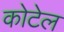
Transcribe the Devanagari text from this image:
कोटेल